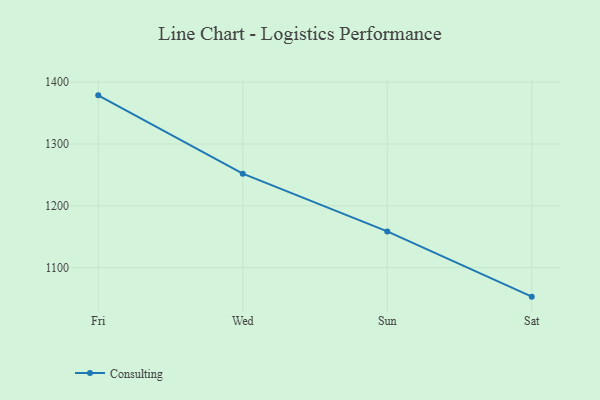
{"axis": {"x": "Day", "y": "Website Visitors"}, "legend": ["Consulting"], "data": [{"x": "Fri", "y": 1378.7, "type": "Consulting"}, {"x": "Wed", "y": 1252.0, "type": "Consulting"}, {"x": "Sun", "y": 1158.5, "type": "Consulting"}, {"x": "Sat", "y": 1052.9, "type": "Consulting"}]}